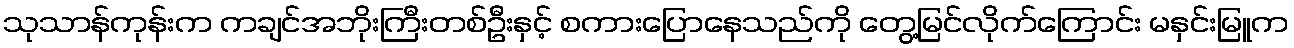
သုသာန်ကုန်းက ကချင်အဘိုးကြီးတစ်ဦးနှင့် စကားပြောနေသည်ကို တွေ့မြင်လိုက်ကြောင်း မနှင်းမြူက